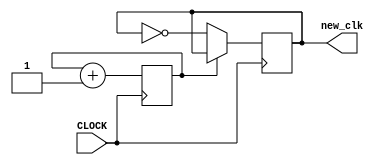
`timescale 1ns / 1ps
//////////////////////////////////////////////////////////////////////////////////
// Company: 
// Engineer: 
// 
// Design Name: 
// Module Name: get_clock_20k
// Project Name: 
// Target Devices: 
// Tool Versions: 
// Description: 
// 
// Dependencies: 
// 
// Revision:
// Revision 0.01 - File Created
// Additional Comments:
// 
//////////////////////////////////////////////////////////////////////////////////


module get_clock_50M(
    input CLOCK,
    output reg new_clk
    );
    
    initial begin
        new_clk = 0;
    end
    
    reg COUNT = 1'b0;
    
    always @ (posedge CLOCK) begin
        COUNT <= COUNT + 1;
        new_clk <= (COUNT == 1'b0) ? ~new_clk : new_clk;
    end
    
endmodule